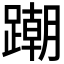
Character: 𨅹